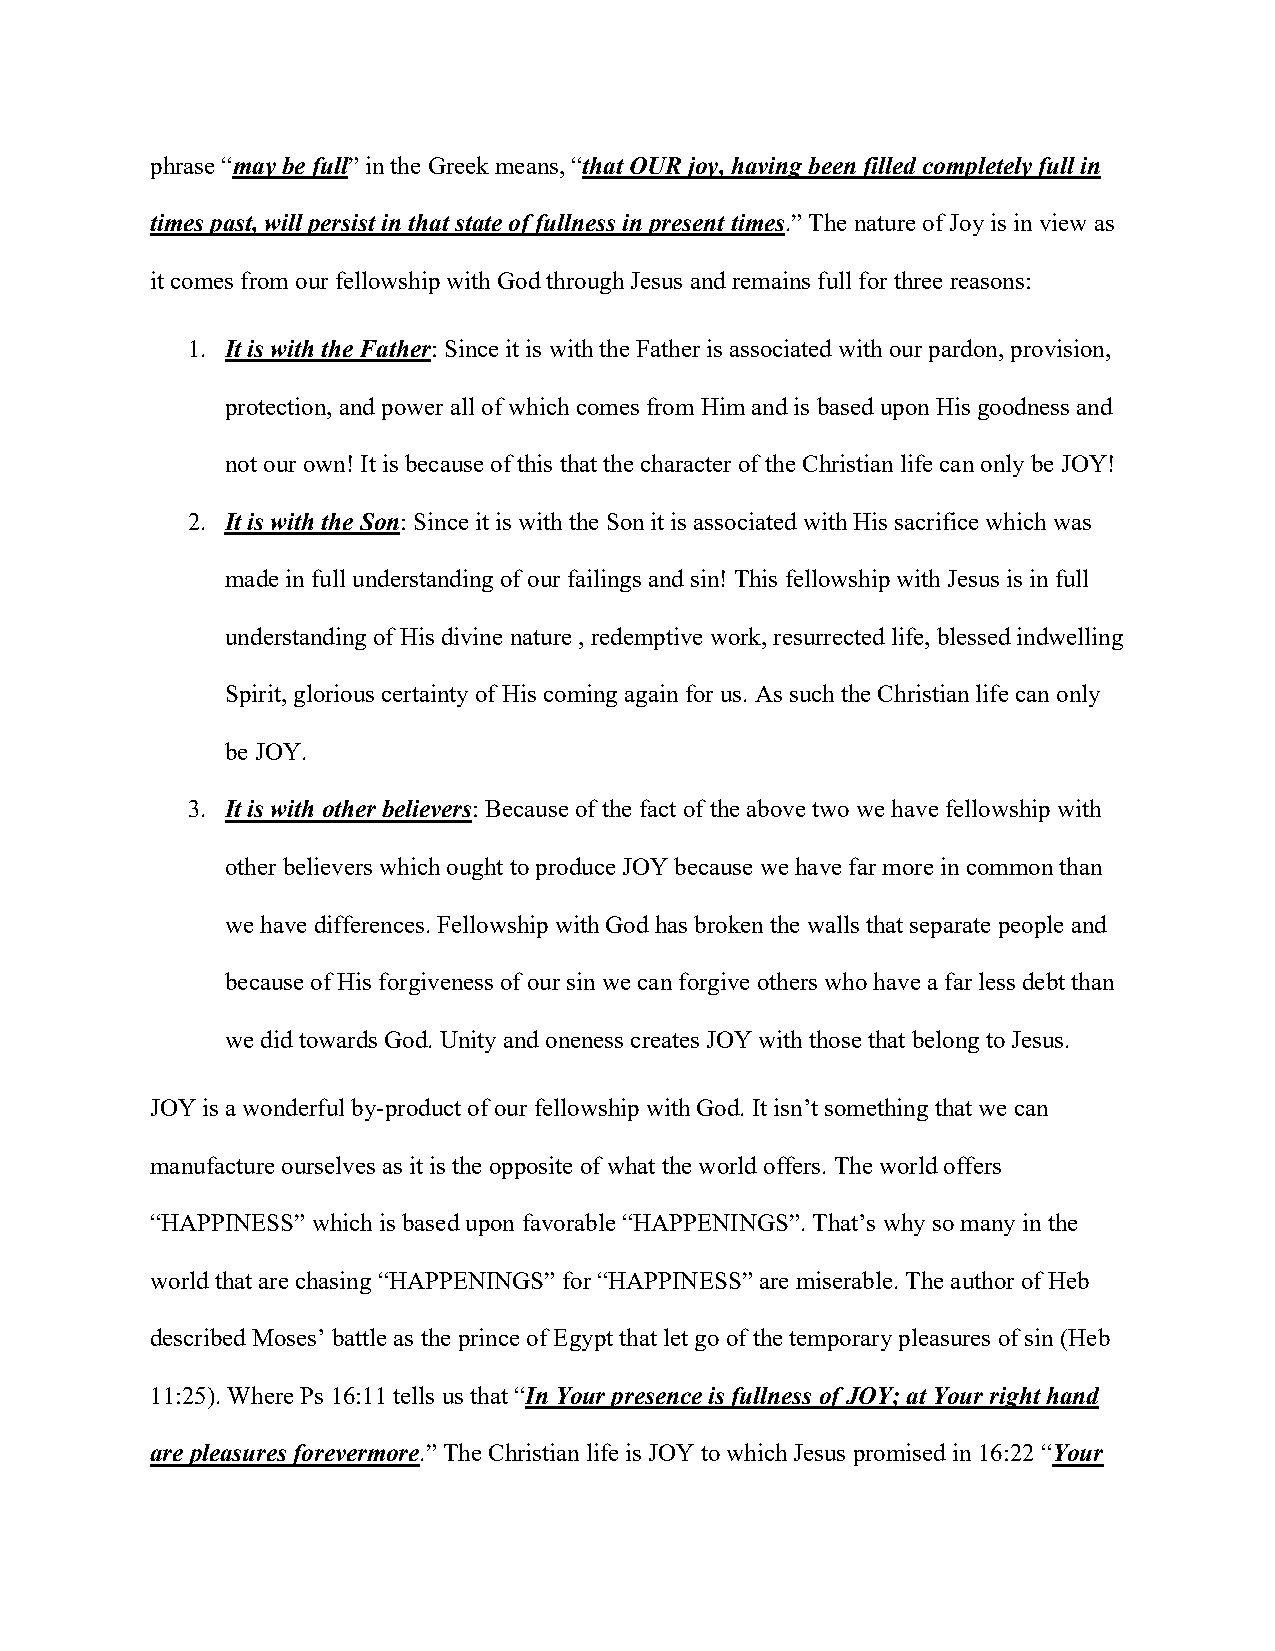
phrase “may be full” in the Greek means, “that OUR joy, having been filled completely full in
 times past, will persist in that state of fullness in present times.” The nature of Joy is in view as
 it comes from our fellowship with God through Jesus and remains full for three reasons:
 1. It is with the Father: Since it is with the Father is associated with our pardon, provision,
 protection, and power all of which comes from Him and is based upon His goodness and
 not our own! It is because of this that the character of the Christian life can only be JOY!
 2. It is with the Son: Since it is with the Son it is associated with His sacrifice which was
 made in full understanding of our failings and sin! This fellowship with Jesus is in full
 understanding of His divine nature , redemptive work, resurrected life, blessed indwelling
 Spirit, glorious certainty of His coming again for us. As such the Christian life can only
 be JOY.
 3. It is with other believers: Because of the fact of the above two we have fellowship with
 other believers which ought to produce JOY because we have far more in common than
 we have differences. Fellowship with God has broken the walls that separate people and
 because of His forgiveness of our sin we can forgive others who have a far less debt than
 we did towards God. Unity and oneness creates JOY with those that belong to Jesus.
 JOY is a wonderful by-product of our fellowship with God. It isn’t something that we can
 manufacture ourselves as it is the opposite of what the world offers. The world offers
 “HAPPINESS” which is based upon favorable “HAPPENINGS”. That’s why so many in the
 world that are chasing “HAPPENINGS” for “HAPPINESS” are miserable. The author of Heb
 described Moses’ battle as the prince of Egypt that let go of the temporary pleasures of sin (Heb
 11:25). Where Ps 16:11 tells us that “In Your presence is fullness of JOY; at Your right hand
 are pleasures forevermore.” The Christian life is JOY to which Jesus promised in 16:22 “Your